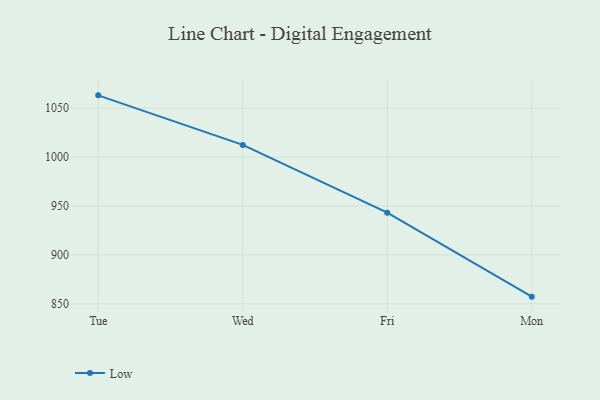
{"axis": {"x": "Day", "y": "Satisfaction Score"}, "legend": ["Low"], "data": [{"x": "Tue", "y": 1063.2, "type": "Low"}, {"x": "Wed", "y": 1012.5, "type": "Low"}, {"x": "Fri", "y": 943.2, "type": "Low"}, {"x": "Mon", "y": 857.3, "type": "Low"}]}